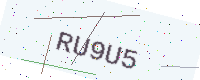
Text: RU9U5